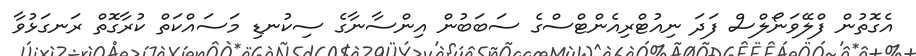
އެގޮތުން ފްލޭވަނޯލްސް ފަދަ ނިއުޓްރިއެންޓްސްގެ ސަބަބުން އިންސާނާގެ ސިކުނޑި މަސައްކަތް ކުރާގޮތް ރަނގަޅުވާ